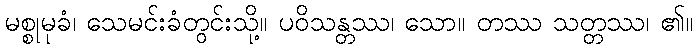
မစ္စုမုခံ၊ သေမင်းခံတွင်းသို့။ ပဝိသန္တဿ၊ သော။ တဿ သတ္တဿ၊ ၏။